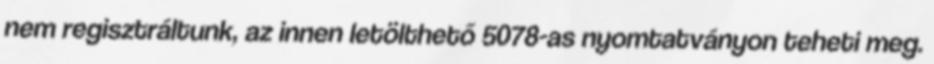
nem regisztráltunk, az innen letölthető 5078-as nyomtatványon teheti meg.